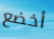
أخضع